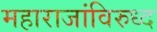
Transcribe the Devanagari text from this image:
महाराजांविरुध्द